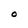
Character: O